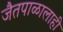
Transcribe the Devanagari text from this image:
जैतपाळालाही